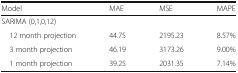
<table><thead><tr><td><b>Model</b></td><td><b>MAE</b></td><td><b>MSE</b></td><td><b>MAPE</b></td></tr></thead><tbody><tr><td colspan="4">SARIMA (0,1,0,12)</td></tr><tr><td> 12 month projection</td><td>44.75</td><td>2195.23</td><td>8.57%</td></tr><tr><td> 3 month projection</td><td>46.19</td><td>3173.26</td><td>9.00%</td></tr><tr><td> 1 month projection</td><td>39.25</td><td>2031.35</td><td>7.14%</td></tr></tbody></table>